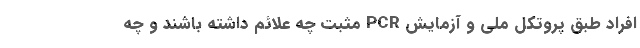
افراد طبق پروتکل ملی و آزمایش PCR مثبت چه علائم داشته باشند و چه